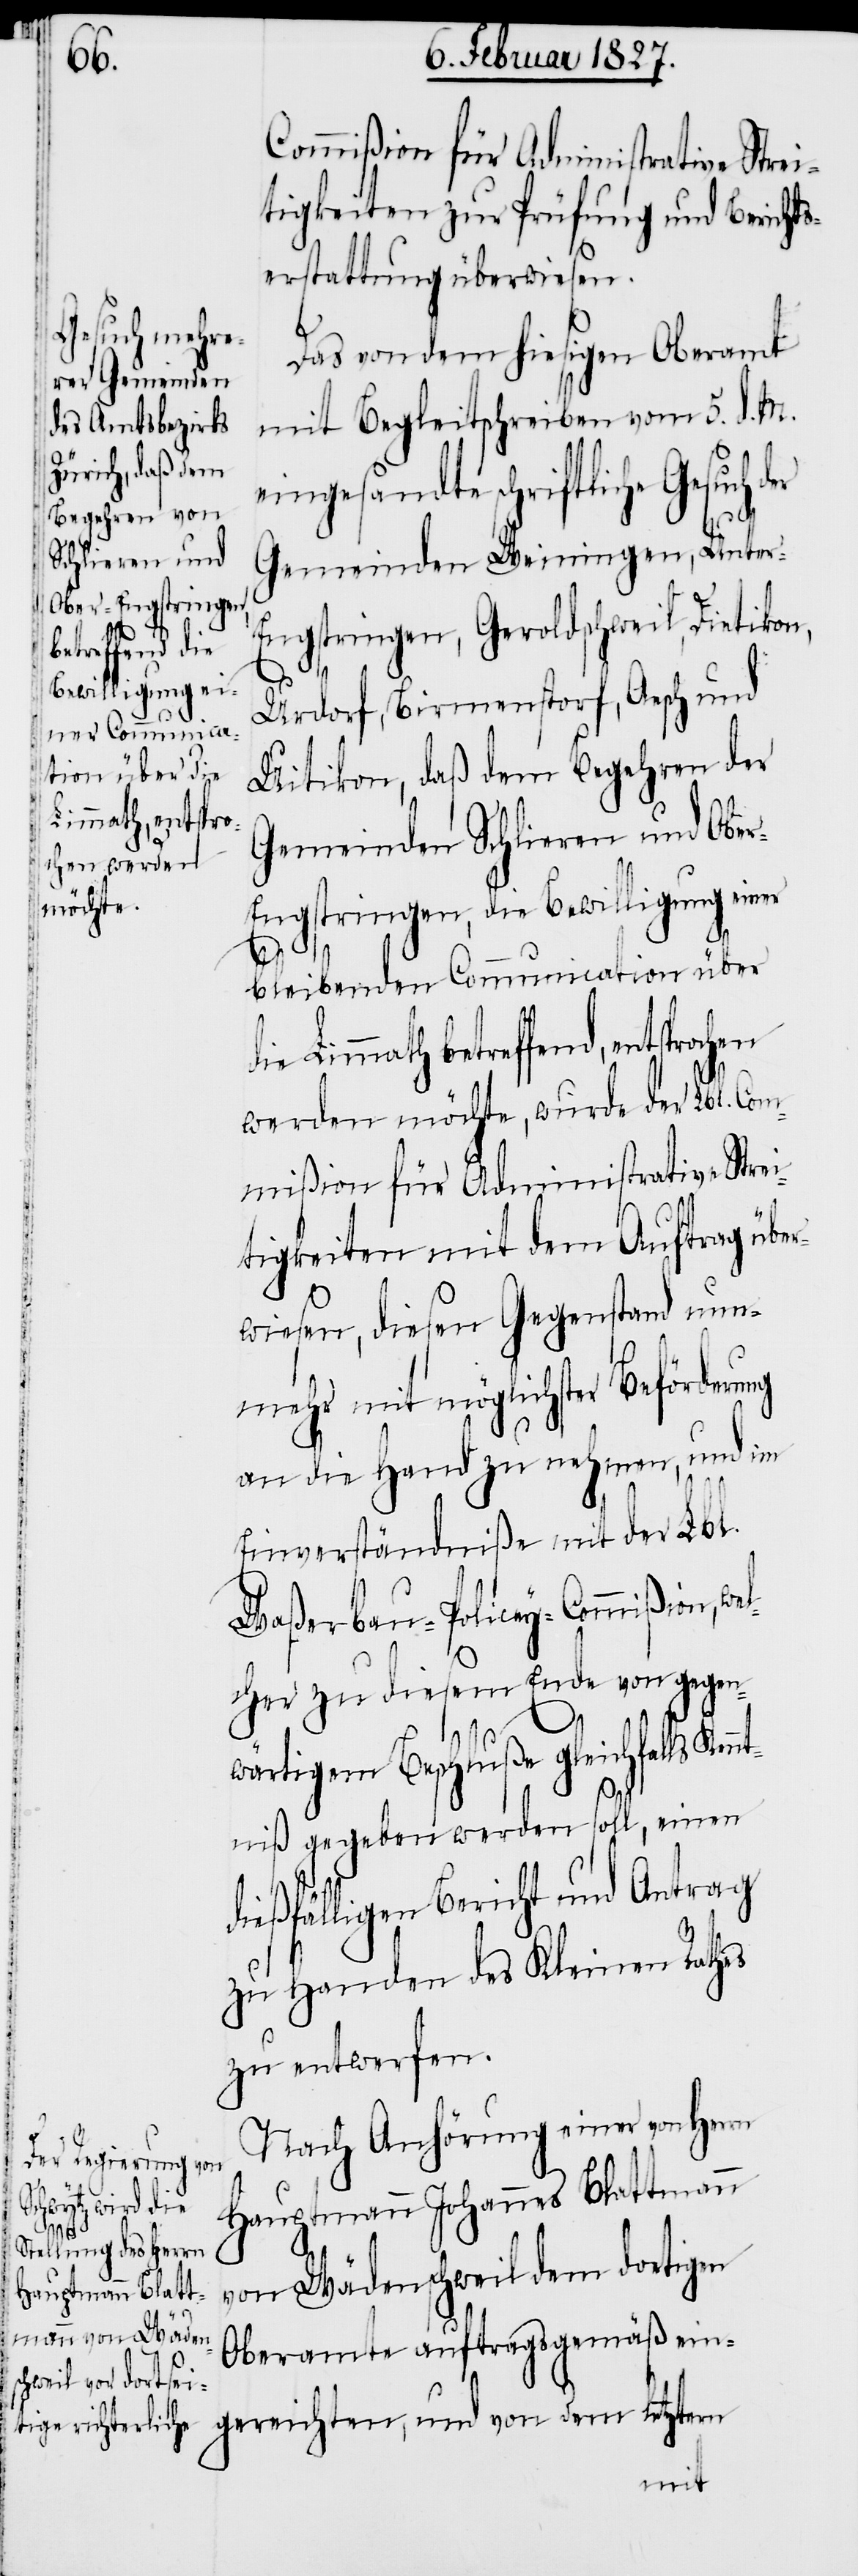
we¬

Commißion für Administrative Strei¬
tigkeiten zur Prüfung und Bericht¬
serstattung überwiesen.
Das von dem hiesigen Oberamt
mit Begleitschreiben vom 5. d. M.
eingesandte schriftliche Gesuch
Gemeinden Weiningen, Unter-E¬
ngstringen, Geroldschweil, Dietikon,
Urdorf, Birmenstorf, Aesch und
Uitikon, daß dem Begehren der
Gemeinden Schlieren und Obe¬
r-Engstringen, die Bewilligung einer
bleibenden Communication über
Limmath betreffend, entsproc¬
werden möchte, wurde der Lbl. Com¬
mißion für Administrative Strei¬
tigkeiten mit dem Auftrag über¬
wiesen, diesen Gegenstand nun¬
mehr mit möglichster Beförderung
an die Hand zu nehmen, und im
Einverständniße mit der Lbl.
Waßerbau-Policey-Commißion,
lcher zu diesem Ende von gegen¬
wärtigem Beschluße gleichfalls Ken¬
ntniß gegeben werden soll, einen
dießfälligen Bericht und Antrag
zu Handen des Kleinen Rathes
zu entwerfen.
Nach Anhörung einer von Herrn
Hauptmann Johannes Blattmann
von Wädenschweil dem dortigen
Oberamte auftragsgemäß ein¬
gereichten, und von dem letztern